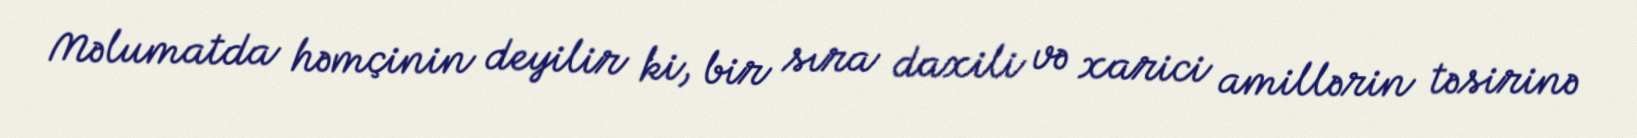
Məlumatda həmçinin deyilir ki, bir sıra daxili və xarici amillərin təsirinə